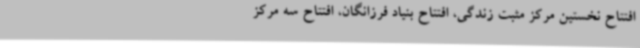
افتتاح نخستین مرکز مثبت زندگی، افتتاح بنیاد فرزانگان، افتتاح سه مرکز